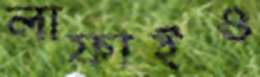
লাফাইও